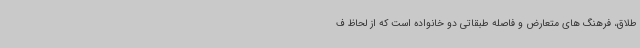
طلاق، فرهنگ های متعارض و فاصله طبقاتی دو خانواده است که از لحاظ ف